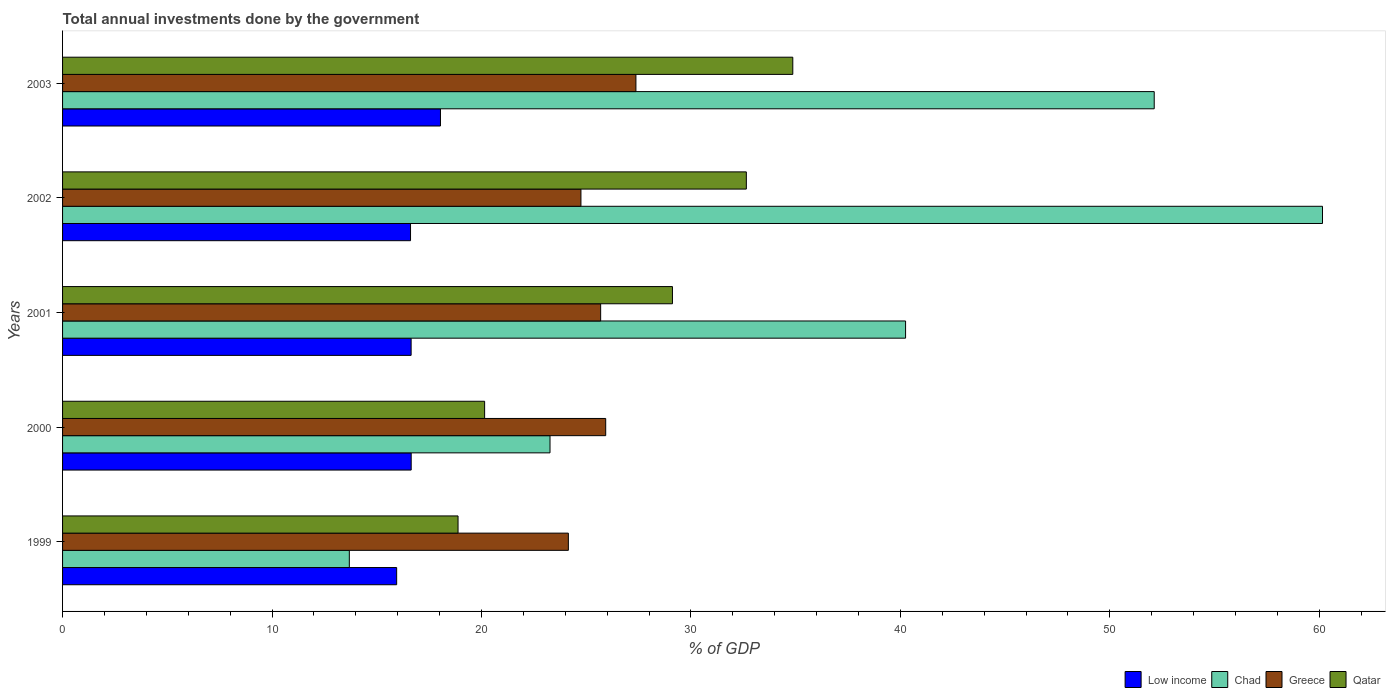
| Years | Low income | Chad | Greece | Qatar |
 | --- | --- | --- | --- | --- |
 | 1999 | 16 | 13.7 | 24.1 | 18.9 |
 | 2000 | 16.6 | 23.3 | 25.9 | 20.2 |
 | 2001 | 16.6 | 40.3 | 25.7 | 29.1 |
 | 2002 | 16.6 | 60.2 | 24.7 | 32.6 |
 | 2003 | 18 | 52.1 | 27.4 | 34.9 |